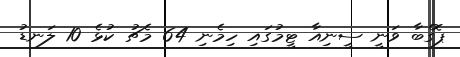
ޕޮގްބާ ވަނީ ސީނިއާ ޓީމުގައި ހިމެނި 64 މެޗު ކުޅެ 10 ލަނޑު